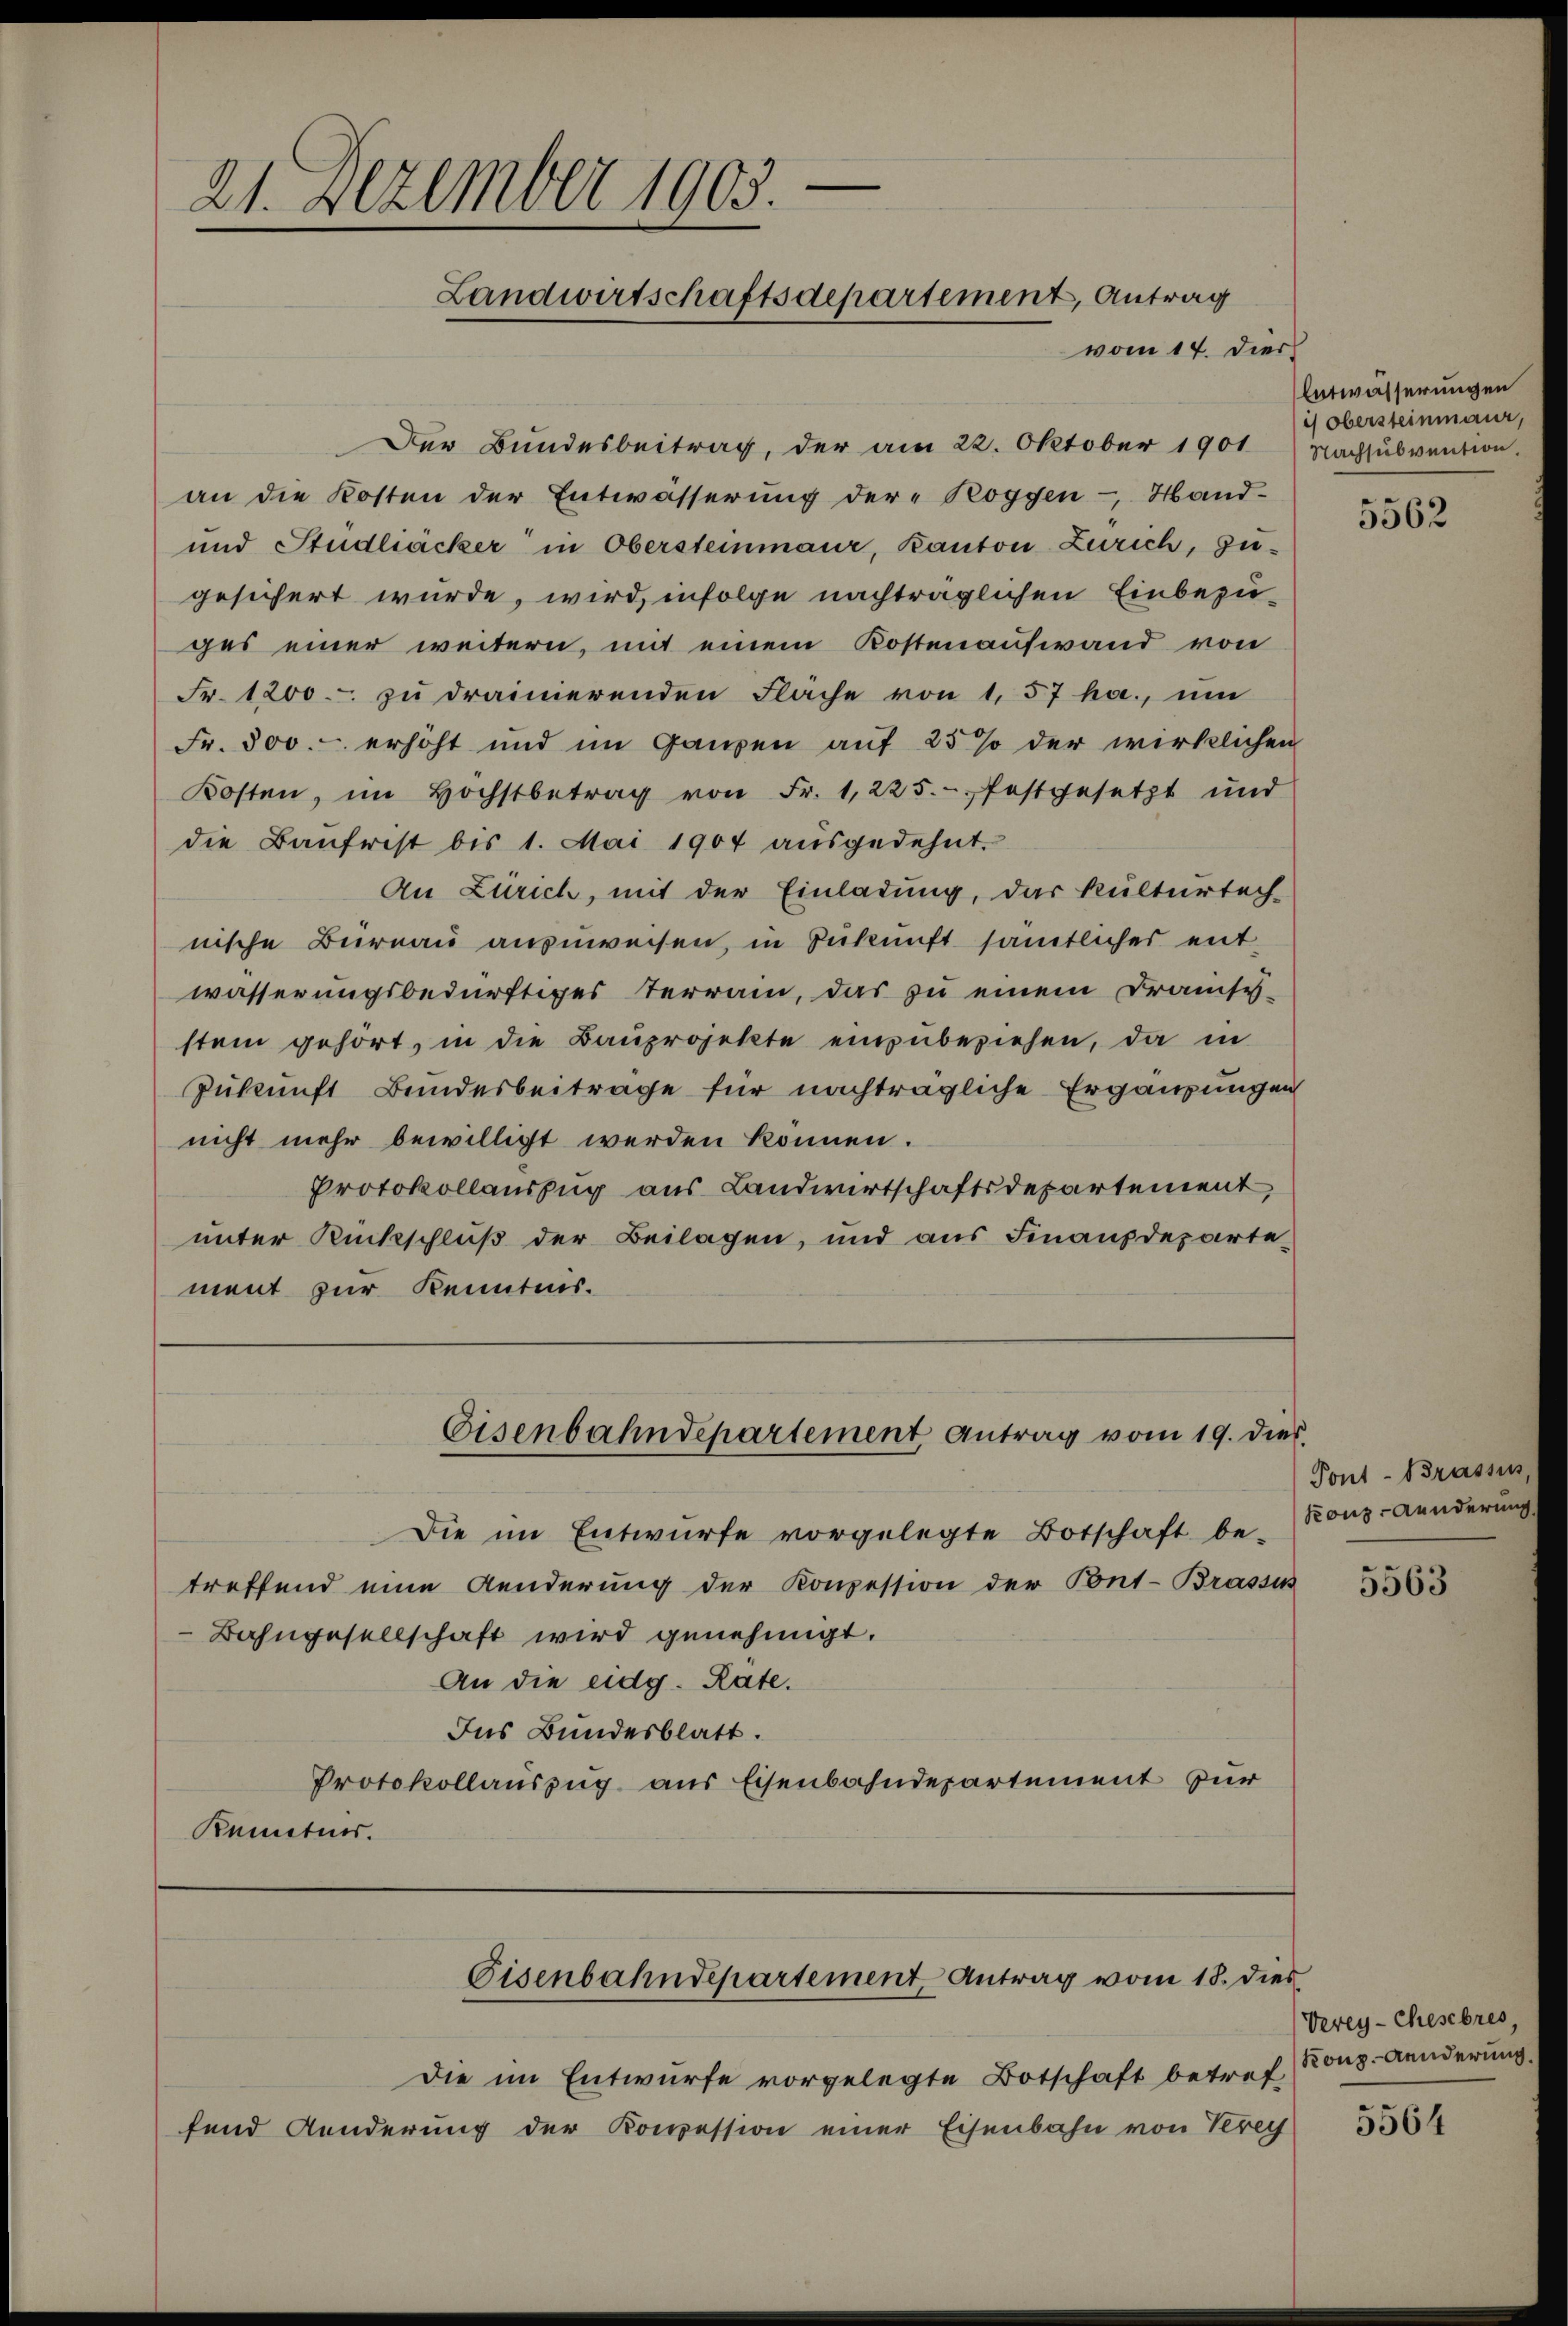
a
21. Dezember 1903.
Landwirtschaftsdepartement, Antrag
vom 14. Dier

Der Bundesbeitrag, der am 22. Oktober 1901 (Nachsŭbvention.
an die Kosten der Entwässerung der Roggen - Hand-
und Studliäcker in Obersteinmaur, Kanton Zürich, zu-
gesichert wurde, wird, infolge nachträglichen Einbezuges einer weitern, mit einem Kostenaufwand von
Fr. 1200. zŭ drainerenden Fläche von 1, 57 ha., ŭm
Fr. 500.- erhöht und im Ganzen auf 25% der wirklichen
Kosten, im höchstbetrag von Fr. 1, 225. festgesetzt und
die Baufrist bis 1. Mai 1904 ausgedehnt.
An Zürich, mit der Einladung, das Kulturtech-
nische Büreau anzuweisen, in Zukunft sämtliches entwässerungsbedürftiges Terrain, das zu einem Drauchs-
stem gehört, in die Bauprojekte einzubeziehen, da in
Zukunft Bundesbeitrage für nachträgliche Ergänzungen
nicht mehr bewilligt werden können.
Protokollauszug aus Landwirtschaftsdepartement,
unter Rückschluß der Beilagen, und aus Finanzdepartement zur Kenntnis.

Die im Entwürfe vorgelegte Botschaft be- (Rons-Aenderung
treffend eine Aenderung der Konzession der Pont-Brassis
Bahngesellschaft wird genehmigt.
An die eidg. Rate.
Ins Bundesblatt.
Protokollauszug aus Eisenbahndepartement zur
Kenntnis.

Eisenbahndepartement Antrag vom 19. dies

Eisenbahndepartement, Antrag vom 18. dies

Die im Entwurfe vorgelegte Botschaft betref
fend Kinderung der Konzession einer Eisenbahn von Verey

Entwässerungen
is obersteinmaur,

5562

Pont-Brassus,

5563

Verey-Chesebres,
Konp. Aenderung

5564